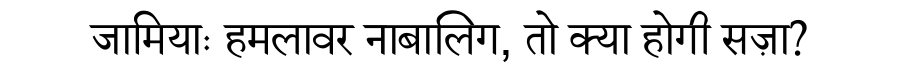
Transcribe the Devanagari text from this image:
जामियाः हमलावर नाबालिग, तो क्या होगी सज़ा?